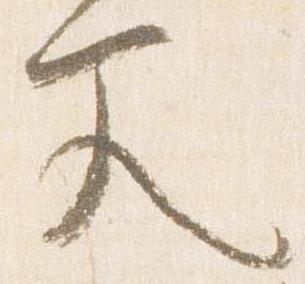
文